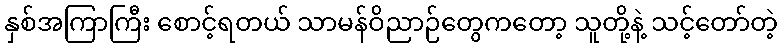
နှစ်အကြာကြီး စောင့်ရတယ် သာမန်ဝိညာဉ်တွေကတော့ သူတို့နဲ့ သင့်တော်တဲ့